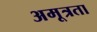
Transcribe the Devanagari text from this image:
अमूत्रता